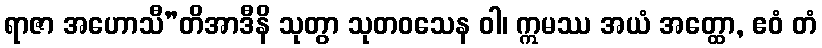
ရာဇာ အဟောသီ”တိအာဒီနိ သုတွာ သုတဝသေန ဝါ၊ ဣမဿ အယံ အတ္ထော, ဧဝံ တံ